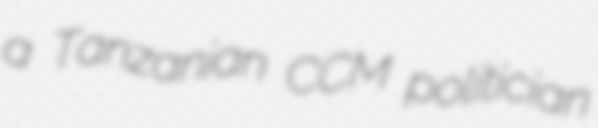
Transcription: a Tanzanian CCM politician